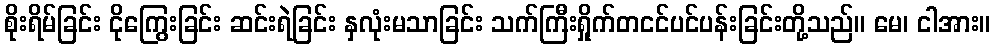
စိုးရိမ်ခြင်း ငိုကြွေးခြင်း ဆင်းရဲခြင်း နှလုံးမသာခြင်း သက်ကြီးရှိုက်တငင်ပင်ပန်းခြင်းတို့သည်။ မေ၊ ငါအား။